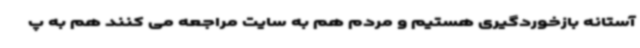
آستانه بازخوردگیری هستیم و مردم هم به سایت مراجعه می کنند هم به پ